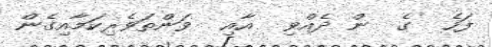
ފަހެ  ގެ  ން ދެއްވި  އާއި  ވަންތަވެރިކަމާއިގެން